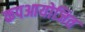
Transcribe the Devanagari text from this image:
कपआयोजित